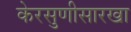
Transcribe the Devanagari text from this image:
केरसुणीसारखा